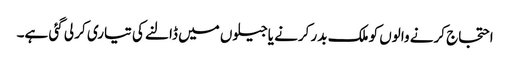
احتجاج کرنے والوں کو ملک بدر کرنے یاجیلوں میں ڈالنے کی تیاری کر لی گئی ہے۔